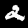
Digit: 2